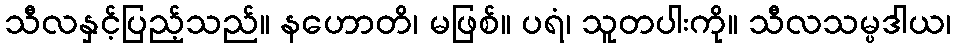
သီလနှင့်ပြည့်သည်။ နဟောတိ၊ မဖြစ်။ ပရံ၊ သူတပါးကို။ သီလသမ္ပဒါယ၊